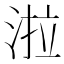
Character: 𭰪